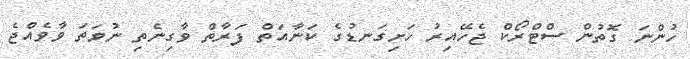
ހުންނަ ގޮތުން ސްޓްރޯކް ޖެހޭއިރު ހަށިގަނޑުގެ ކަނާއަތް ފަރާތް ވާގިނެތި ނުވަތަ ވާވެއްޖެ